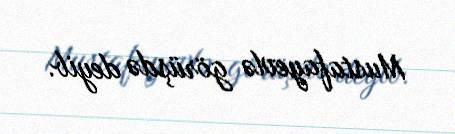
Mustafayevlə görüşdə deyib.